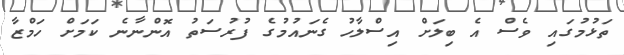
ތަޅުމުގައި ވެސް އެ ބިލަށް އިސްލާހު ގެނައުމުގެ ފުރުސަތު އޮންނާނެ ކަމަށް ހަމްޒާ